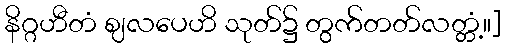
နိဂ္ဂဟီတံ ဈလပေဟိ သုတ်၌ တွက်တတ်လတ္တံ့။]